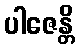
ပါဇေန္တိ